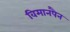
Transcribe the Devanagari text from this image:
विमानपैन